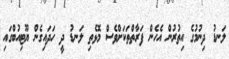
ލަނޑު ދިނުމުގެ އިތުރުން އެހެން ފަރާތްތަކަށްވެސް މޮޅެތި ލަނޑު ދީ ހަދައިގެން ޔޫޓިއުބްގައި